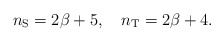
\begin{align*}n_{\rm S}=2\beta +5, \quad n_{\rm T}=2\beta +4.\end{align*}